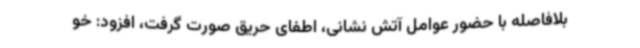
بلافاصله با حضور عوامل آتش نشانی، اطفای حریق صورت گرفت، افزود: خو